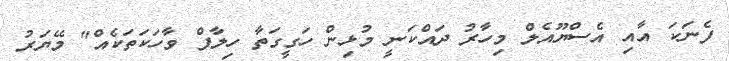
ފެނަކަ އާއި އެސްޔޫއެލް މިހާރު ދައްކަނީ މުޅިން ހަގީގަތާ ހިލާފް ވާހަކަތަކެއް" މޭޔަރު